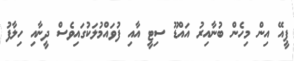
ޕީއޭ އިން މިހެން ބުނާއިރު އައްޑޫ ސިޓީ އާއި ފުވައްމުލަކުގައިވެސް ދީނާއި ހިލާފު